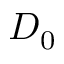
D _ { 0 }